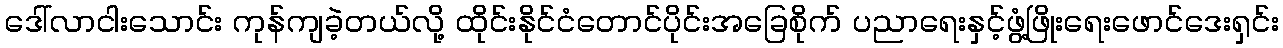
ဒေါ်လာငါးသောင်း ကုန်ကျခဲ့တယ်လို့ ထိုင်းနိုင်ငံတောင်ပိုင်းအခြေစိုက် ပညာရေးနှင့်ဖွံ့ဖြိုးရေးဖောင်ဒေးရှင်း